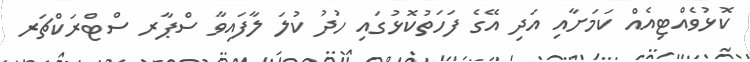
ކޮޅުވެއްޓިއެއް ކަމަށާއި އަދި އޭގެ ފަހަތުކޮޅުގައި ހުދު ކުލަ ލާފައިވާ ސްޕާރ ސްޓްރަކްޗަރ